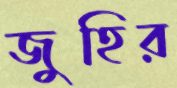
জুহির